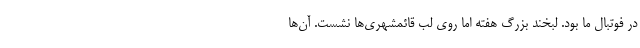
در فوتبال ما بود. لبخند بزرگ هفته اما روی لب قائمشهری‌ها نشست. آن‌ها